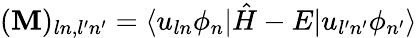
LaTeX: (\mathbf{M})_{ln,l^{\prime}n^{\prime}}=\langle u_{ln}\phi_{n}|\hat{H}-E|u_{l^{\prime}n^{\prime}}\phi_{n^{\prime}}\rangle